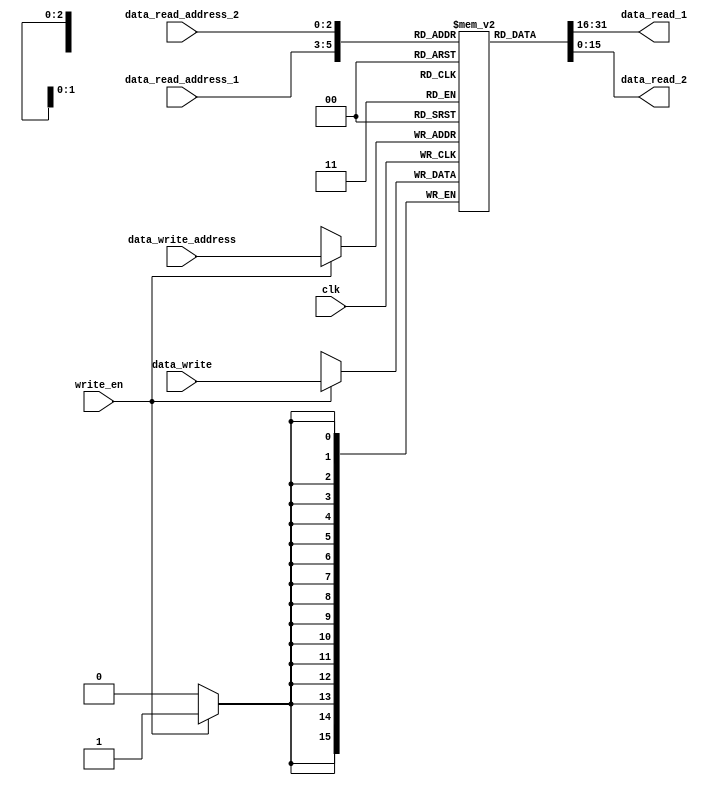
module GPRs (
    input clk, write_en,
    input [2:0] data_read_address_1,data_read_address_2,data_write_address,
    input [15:0] data_write,

    output [15:0] data_read_1,data_read_2
);
    reg [15:0] reg_arr [7:0];
    integer i;
    initial begin
        for (i=0 ;i<8 ;i=i+1 ) begin
            reg_arr[i] <= 16'd0;
        end        
    end

    always @(posedge clk ) begin
        if(write_en==1'b1) begin
            reg_arr[data_write_address] <= data_write;
        end
    end

    assign data_read_1 = reg_arr[data_read_address_1];
    assign data_read_2 = reg_arr[data_read_address_2];

endmodule